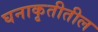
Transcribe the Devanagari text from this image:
घनाकृतीतील